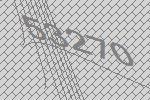
53270